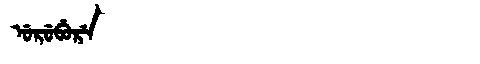
Manchu: ᡠᡵᡠᠪᡠᡵᡝ
Romanization: URUBURE